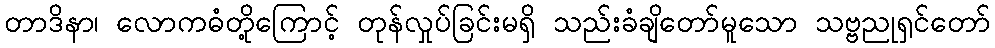
တာဒိနာ၊ လောကဓံတို့ကြောင့် တုန်လှုပ်ခြင်းမရှိ သည်းခံချိတော်မူသော သဗ္ဗညုရှင်တော်